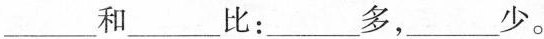
___和___比：___多，___少。